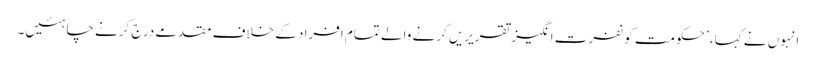
انہوں نے کہا، ’حکومت کو نفرت انگیز تقریریں کرنے والے تمام افراد کے خلاف مقدمے درج کرنے چاہئیں۔